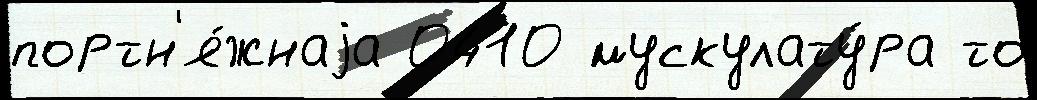
портн'я́жнаjа 0410 мускулату́ра то